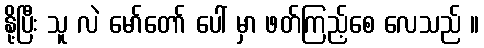
နို့ပြီး သူ လဲ မော်တော် ပေါ် မှာ ဖတ်ကြည့်စေ လေသည် ။